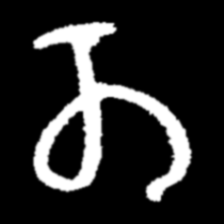
Pyu character \u2014 Myanmar letter: တ (romanized: ta)